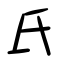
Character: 氏